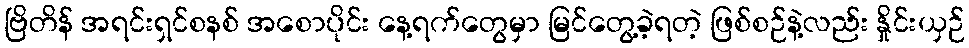
ဗြိတိန် အရင်းရှင်စနစ် အစောပိုင်း နေ့ရက်တွေမှာ မြင်တွေ့ခဲ့ရတဲ့ ဖြစ်စဉ်နဲ့လည်း နှိုင်းယှဉ်